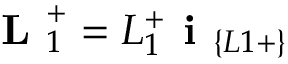
\textbf { L } _ { 1 } ^ { + } = L _ { 1 } ^ { + } \textbf { i } _ { \{ L 1 + \} }